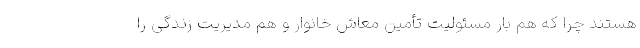
هستند چرا که هم بار مسئولیت تأمین معاش خانوار و هم مدیریت زندگی را